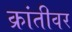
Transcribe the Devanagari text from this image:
क्रांतीवर